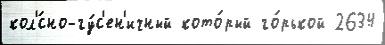
кол'́сно-гу́с'ен'ичный кото́рый го́рькой 2634